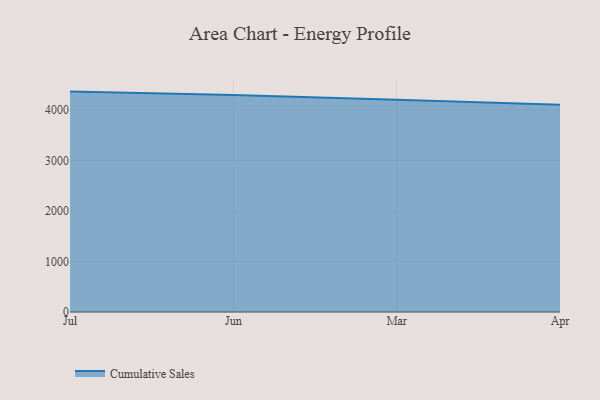
{"axis": {"x": "Month", "y": "Conversion Rate (%)"}, "legend": ["Cumulative Sales"], "data": [{"x": "Jul", "y": 4365.2, "type": "Cumulative Sales"}, {"x": "Jun", "y": 4297.2, "type": "Cumulative Sales"}, {"x": "Mar", "y": 4203.9, "type": "Cumulative Sales"}, {"x": "Apr", "y": 4104.6, "type": "Cumulative Sales"}]}